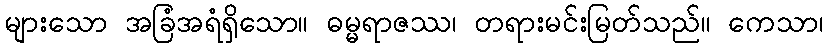
များသော အခြံအရံရှိသော။ ဓမ္မရာဇဿ၊ တရားမင်းမြတ်သည်။ ကေသာ၊